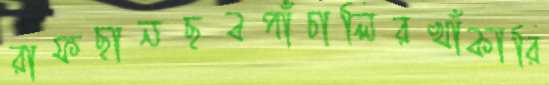
রাফছানছবপাঁচালিরখাঁকারি